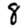
Digit: 8